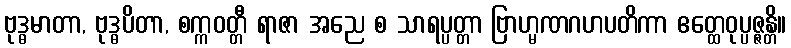
ဗုဒ္ဓမာတာ, ဗုဒ္ဓပိတာ, စက္ကဝတ္တီ ရာဇာ အညေ စ သာရပ္ပတ္တာ ဗြာဟ္မဏဂဟပတိကာ ဧတ္ထေဝုပ္ပဇ္ဇန္တိ။